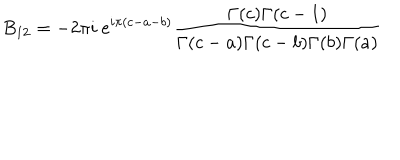
LaTeX: B _ { 1 2 } = - 2 \pi i ~ e ^ { i \pi ( c - a - b ) } \frac { \Gamma ( c ) \Gamma ( c - 1 ) } { \Gamma ( c - a ) \Gamma ( c - b ) \Gamma ( b ) \Gamma ( a ) }